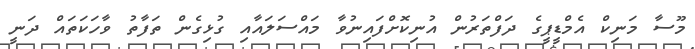
މޫސާ މަނިކް އެމްޑީޕީގެ ދަފްތަރުން އުނިކޮށްފައިނުވާ މައްސަލައާއި ގުޅިގެން ތަފާތު ވާހަކަތައް ދަނީ